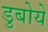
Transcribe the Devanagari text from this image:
डुबोये